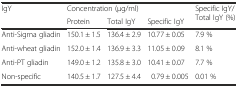
<table><thead><tr><td rowspan="2"><b>IgY</b></td><td colspan="3"><b>Concentration (μg/ml)</b></td><td rowspan="2"><b>Specific IgY/Total IgY (%)</b></td></tr><tr><td><b>Protein</b></td><td><b>Total IgY</b></td><td><b>Specific IgY</b></td></tr></thead><tbody><tr><td>Anti-Sigma gliadin</td><td>150.1 ± 1.5</td><td>136.4 ± 2.9</td><td>10.77 ± 0.05</td><td>7.9 %</td></tr><tr><td>Anti-wheat gliadin</td><td>152.0 ± 1.4</td><td>136.9 ± 3.3</td><td>11.05 ± 0.09</td><td>8.1 %</td></tr><tr><td>Anti-PT gliadin</td><td>149.0 ± 1.2</td><td>135.8 ± 3.0</td><td>10.41 ± 0.07</td><td>7.7 %</td></tr><tr><td>Non-specific</td><td>140.5 ± 1.7</td><td>127.5 ± 4.4</td><td>0.79 ± 0.005</td><td>0.01 %</td></tr></tbody></table>